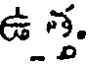
ఉ.